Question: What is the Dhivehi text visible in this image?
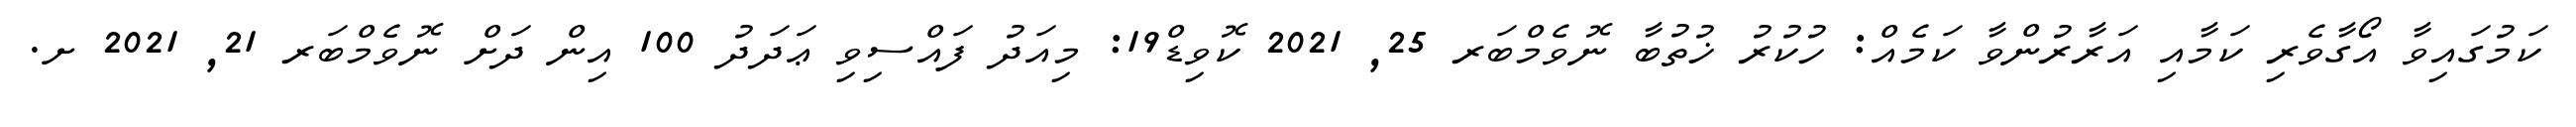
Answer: ކަމުގައިވާ އޯގާވެރި ކަމާއި އަރާރުންވާ ކަމެއް: ހުކުރު ޚުތުބާ ނޮވެމްބަރ 25, 2021 ކޮވިޑް19: މިއަދު ފައްސިވި ޢަދަދު 100 އިން ދަށް ނޮވެމްބަރ 21, 2021 ށ.